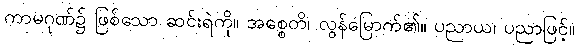
ကာမဂုဏ်၌ ဖြစ်သော ဆင်းရဲကို။ အစ္စေတိ၊ လွန်မြောက်၏။ ပညာယ၊ ပညာဖြင့်။